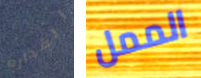
القذاره الممل